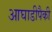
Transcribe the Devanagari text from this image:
आघाडीपैकी